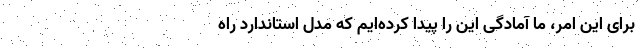
برای این امر، ما آمادگی این را پیدا کرده‌ایم که مدل استاندارد راه